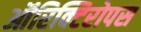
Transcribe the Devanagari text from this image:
ऑरिक्टिरोपस